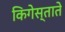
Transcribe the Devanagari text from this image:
किगेस्ताते